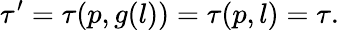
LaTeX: \tau^{\prime}=\tau(p,g(l))=\tau(p,l)=\tau.